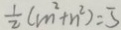
\frac { 1 } { 2 } ( m ^ { 2 } + n ^ { 2 } ) = 5